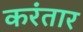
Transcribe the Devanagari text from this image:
करंतार